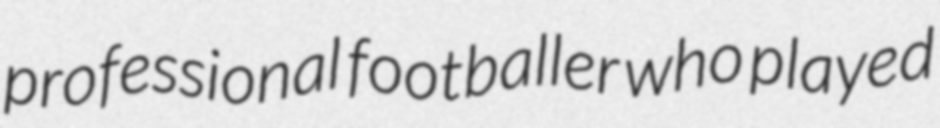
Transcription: professional footballer who played